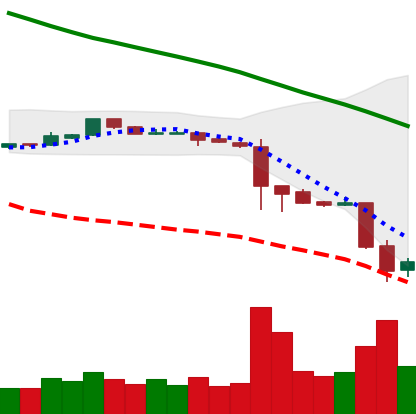
Ticker: ETC-USD
Chart end date: 2018-11-21
Forward return: -24.97%
Label: down_7plus